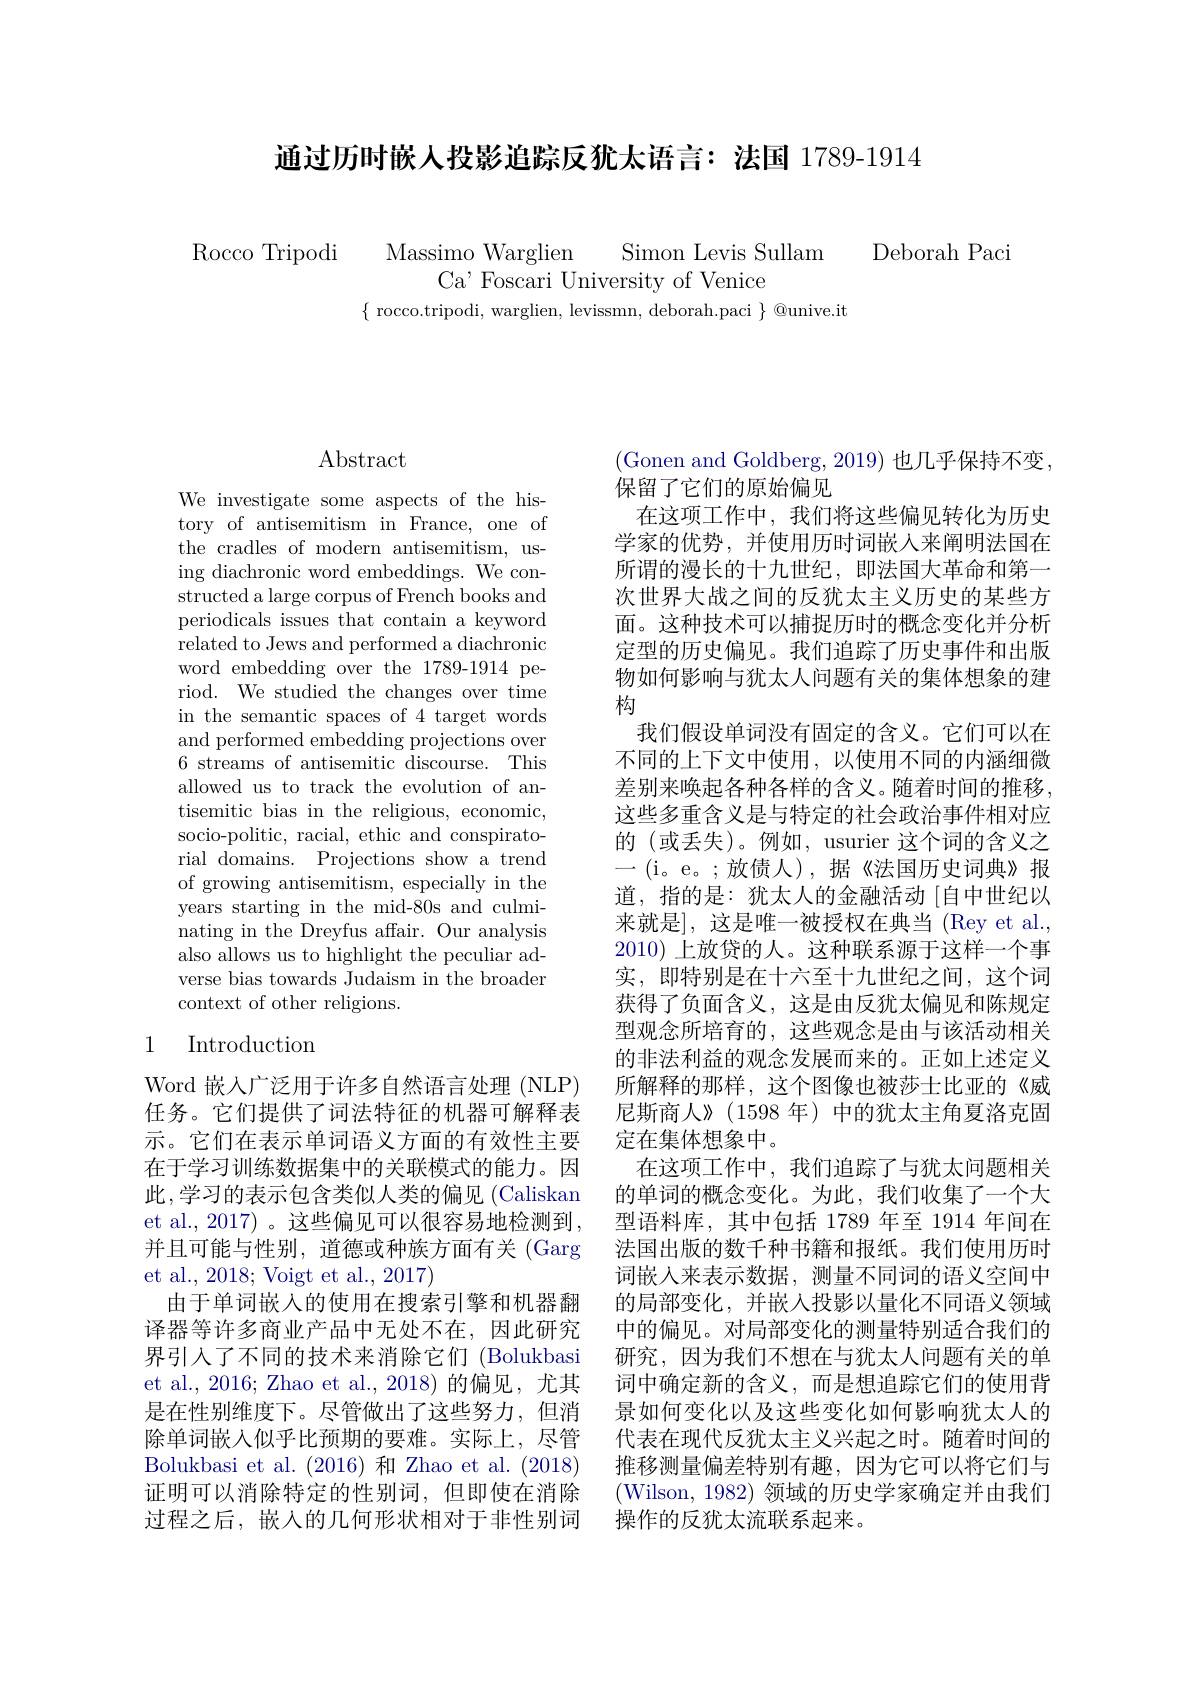
通过历时嵌人投影追踪反犹太语言：法国 1789-1914

Rocco Tripodi
Massimo Warglien Simon Levis Sullam
Ca' Foscari University of Venice
$\{$ rocco.tripodi, warglien, levissmn, deborah.paci $\}$ @unive.it

Deborah Paci

## $\operatorname{Abstract}$

We investigate some aspects of the history of antisemitism in France, one of the cradles of modern antisemitism, using diachronic word embeddings. We constructed a large corpus of French books and periodicals issues that contain a keyword related to Jews and performed a diachronic word embedding over the 1789-1914 period. We studied the changes over time in the semantic spaces of 4 target words and performed embedding projections over 6 streams of antisemitic discourse. This allowed us to track the evolution of antisemitic bias in the religious, economic, socio-politic, racial, ethic and conspiratorial domains. Projections show a trend of growing antisemitism, especially in the years starting in the mid-80s and culminating in the Dreyfus affair. Our analysis also allows us to highlight the peculiar adverse bias towards Judaism in the broader context of other religions.

## 1 Introduction

Word 嵌人广泛用于许多自然语言处理 (NLP) 任务。它们提供了词法特征的机器可解释表示。它们在表示单词语义方面的有效性主要在于学习训练数据集中的关联模式的能力。因此，学习的表示包含类似人类的偏见 (Caliskan et al., 2017) 。这些偏见可以很容易地检测到， 并且可能与性别，道德或种族方面有关(Garg et al., 2018; Voigt et al., 2017)
由于单词嵌入的使用在搜索引擎和机器翻译器等许多商业产品中无处不在，因此研究界引入了不同的技术来消除它们(Bolukbasi et al., 2016; Zhao et al., 2018) 的偏见，尤其是在性别维度下。尽管做出了这些努力，但消除单词嵌入似乎比预期的要难。实际上，尽管Bolukbasi et al.(2016) 和 Zhao et al.(2018) 证明可以消除特定的性别词，但即使在消除过程之后，嵌入的几何形状相对于非性别词

(Gonen and Goldberg, 2019) 也几乎保持不变，
保留了它们的原始偏见
在这项工作中，我们将这些偏见转化为历史学家的优势，并使用历时词嵌入来阐明法国在所谓的漫长的十九世纪，即法国大革命和第一次世界大战之间的反犹太主义历史的某些方面。这种技术可以捕捉历时的概念变化并分析定型的历史偏见。我们追踪了历史事件和出版物如何影响与犹太人问题有关的集体想象的建构
我们假设单词没有固定的含义。它们可以在不同的上下文中使用，以使用不同的内涵细微差别来唤起各种各样的含义。随着时间的推移， 这些多重含义是与特定的社会政治事件相对应的 (或丢失)。例如，usurier 这个词的含义之一(i。e。;放债人),据《法国历史词典》报道，指的是：犹太人的金融活动 [自中世纪以来就是], 这是唯一被授权在典当 (Rey et al., 2010) 上放贷的人。这种联系源于这样一个事实，即特别是在十六至十九世纪之间，这个词获得了负面含义，这是由反犹太偏见和陈规定型观念所培育的，这些观念是由与该活动相关的非法利益的观念发展而来的。正如上述定义所解释的那样，这个图像也被莎士比亚的《威尼斯商人》(1598 年)中的犹太主角夏洛克固定在集体想象中。
在这项工作中，我们追踪了与犹太问题相关的单词的概念变化。为此，我们收集了一个大型语料库，其中包括 1789 年至 1914 年间在法国出版的数千种书籍和报纸。我们使用历时词嵌入来表示数据，测量不同词的语义空间中的局部变化，并嵌入投影以量化不同语义领域中的偏见。对局部变化的测量特别适合我们的研究，因为我们不想在与犹太人问题有关的单词中确定新的含义，而是想追踪它们的使用背景如何变化以及这些变化如何影响犹太人的代表在现代反犹太主义兴起之时。随着时间的推移测量偏差特别有趣，因为它可以将它们与(Wilson, 1982) 领域的历史学家确定并由我们操作的反犹太流联系起来。